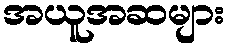
အယူအဆများ